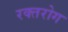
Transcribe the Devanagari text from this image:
रक्तरोग